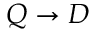
Q \rightarrow D